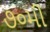
૭૦મી